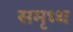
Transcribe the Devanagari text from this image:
समृध्ध